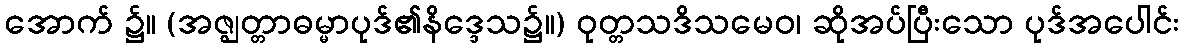
အောက် ၌။ (အဇ္ဈတ္တာဓမ္မာပုဒ်၏နိဒ္ဒေသ၌။) ဝုတ္တသဒိသမေဝ၊ ဆိုအပ်ပြီးသော ပုဒ်အပေါင်း